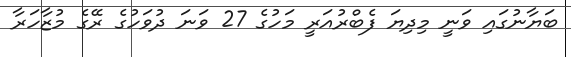
ބަޔާނުގައި ވަނީ މިދިޔަ ފެބްރުއަރީ މަހުގެ 27 ވަނަ ދުވަހުގެ ރޭގެ މުޒާހަރާ